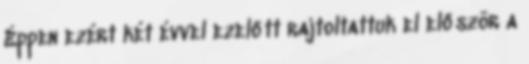
Éppen ezért két évvel ezelőtt rajtoltattuk el először a